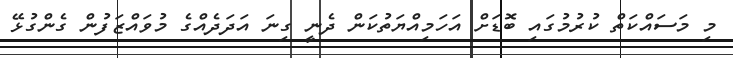
މި މަސައްކަތް ކުރުމުގައި ބޮޑަށް އަހަމިއްޔަތުކަން ދެނީ ގިނަ އަދަދެއްގެ މުވައްޒަފުން ގެންގުޅޭ